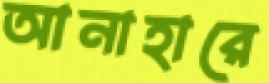
আনাহারে